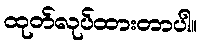
ထုတ်လုပ်ထားတာပါ။